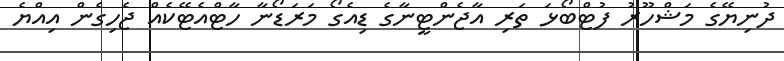
ދުނިޔޭގެ މަޝްހޫރު ފުޓްބޯޅަ ތަރި އާޖެންޓީނާގެ ޑިއެގޯ މަރަޑޯނާ ހާޓްއެޓޭކެއް ޖެހިގެން އިއްޔެ